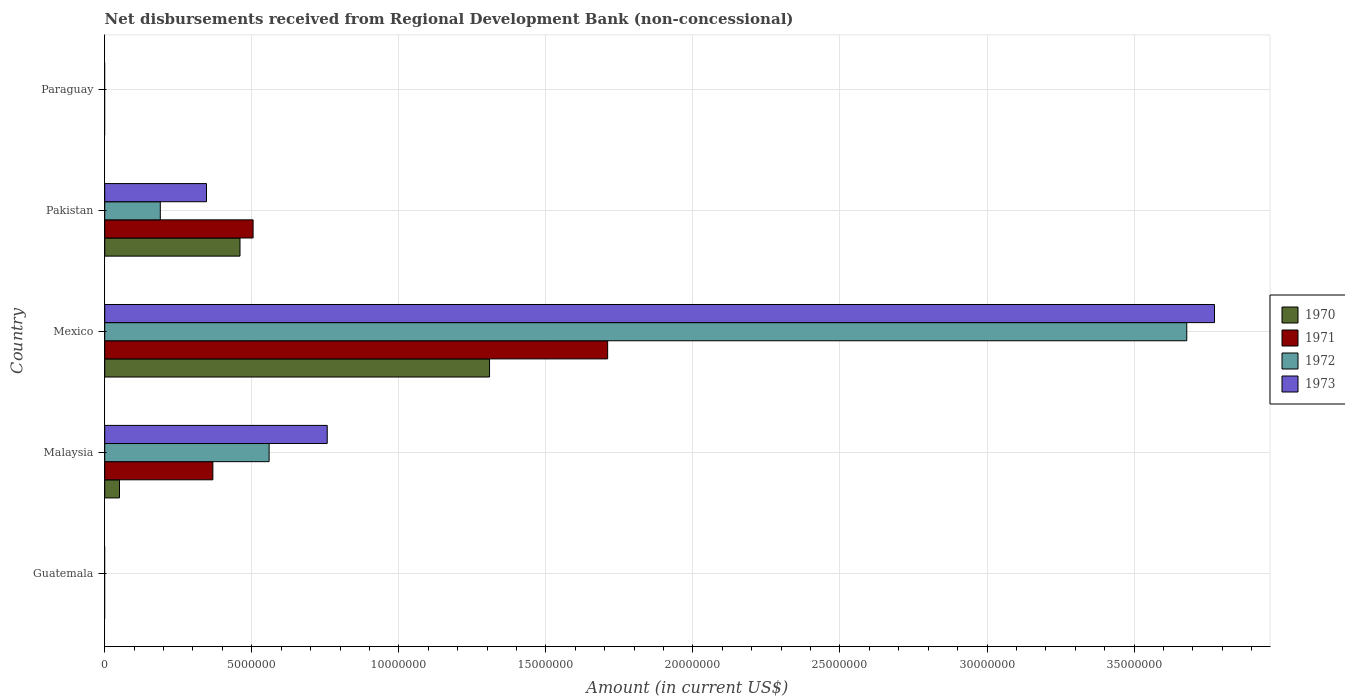
| Country | 1970 | 1971 | 1972 | 1973 |
 | --- | --- | --- | --- | --- |
 | Guatemala | -6.56e+05 | -7.82e+05 | -6.27e+05 | -6.41e+05 |
 | Malaysia | 5.02e+05 | 3.68e+06 | 5.59e+06 | 7.57e+06 |
 | Mexico | 1.31e+07 | 1.71e+07 | 3.68e+07 | 3.77e+07 |
 | Pakistan | 4.6e+06 | 5.04e+06 | 1.89e+06 | 3.46e+06 |
 | Paraguay | -1.29e+05 | -2.47e+05 | -5.2e+05 | -4.17e+05 |